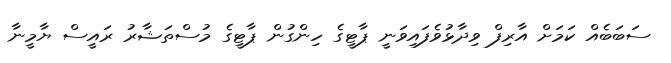
ސަބަބެއް ކަމަށް އާރިފް ވިދާޅުވެފައިވަނީ ޕާޓީގެ ހިންގުން ޕާޓީގެ މުސްތަޝާރު ރައީސް ޔާމީނާ